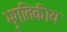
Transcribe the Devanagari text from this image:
भूगतिकीय